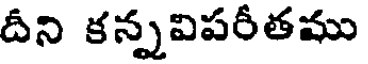
దీని కన్నవిపరీతము